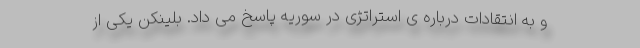
و به انتقادات درباره ی استراتژی در سوریه پاسخ می داد. بلینکن یکی از